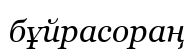
бұйрасораң